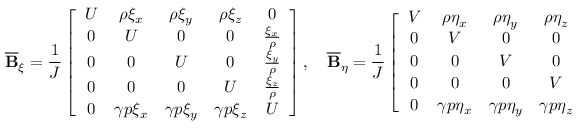
\overline { { \mathbf { B } } } _ { \xi } = \frac { 1 } { J } \left[ \begin{array} { c c c c c } { U } & { \rho \xi _ { x } } & { \rho \xi _ { y } } & { \rho \xi _ { z } } & { 0 } \\ { 0 } & { U } & { 0 } & { 0 } & { \frac { \xi _ { x } } { \rho } } \\ { 0 } & { 0 } & { U } & { 0 } & { \frac { \xi _ { y } } { \rho } } \\ { 0 } & { 0 } & { 0 } & { U } & { \frac { \xi _ { z } } { \rho } } \\ { 0 } & { \gamma p \xi _ { x } } & { \gamma p \xi _ { y } } & { \gamma p \xi _ { z } } & { U } \end{array} \right] , \quad \overline { { \mathbf { B } } } _ { \eta } = \frac { 1 } { J } \left[ \begin{array} { c c c c c } { V } & { \rho \eta _ { x } } & { \rho \eta _ { y } } & { \rho \eta _ { z } } & { 0 } \\ { 0 } & { V } & { 0 } & { 0 } & { \frac { \eta _ { x } } { \rho } } \\ { 0 } & { 0 } & { V } & { 0 } & { \frac { \eta _ { y } } { \rho } } \\ { 0 } & { 0 } & { 0 } & { V } & { \frac { \eta _ { z } } { \rho } } \\ { 0 } & { \gamma p \eta _ { x } } & { \gamma p \eta _ { y } } & { \gamma p \eta _ { z } } & { V } \end{array} \right] \mathrm { ~ a ~ n ~ d ~ }